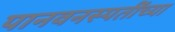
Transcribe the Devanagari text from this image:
पानवनस्पतींच्या